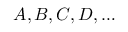
A , B , C , D , \ldots